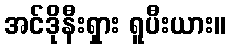
အင်ဒိုနီးရှား ရူပီးယား။